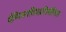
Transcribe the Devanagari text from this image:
चैम्पियनशिपप्रतियोगिता